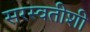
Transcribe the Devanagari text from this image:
सरस्वतीशी